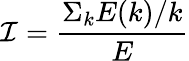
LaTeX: \mathcal{I}=\frac{\Sigma_{k}E(k)/k}{E}